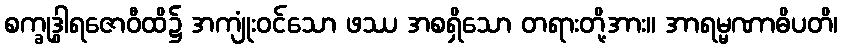
စက္ခုဒွါရဇောဝီထိ၌ အကျုံးဝင်သော ဖဿ အစရှိသော တရားတို့အား။ အာရမ္မဏာဓိပတိ၊